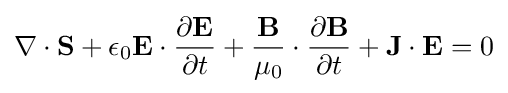
\nabla \cdot \mathbf {S} +\epsilon _{0}\mathbf {E} \cdot {\frac {\partial \mathbf {E} }{\partial t}}+{\frac {\mathbf {B} }{\mu _{0}}}\cdot {\frac {\partial \mathbf {B} }{\partial t}}+\mathbf {J} \cdot \mathbf {E} =0